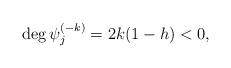
LaTeX: \begin{align*}{\rm deg}\,\psi_j^{(-k)}=2k(1-h)<0,\end{align*}